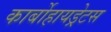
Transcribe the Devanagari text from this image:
कार्बोहायड्रेटस